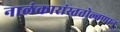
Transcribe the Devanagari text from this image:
नालंकारांस्ततोल्बणान्